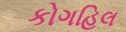
કોગહિલ